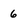
Character: 6